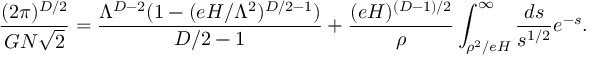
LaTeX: \frac { ( 2 \pi ) ^ { D / 2 } } { G N \sqrt { 2 } } = \frac { \Lambda ^ { D - 2 } ( 1 - ( e H / \Lambda ^ { 2 } ) ^ { D / 2 - 1 } ) } { D / 2 - 1 } + \frac { ( e H ) ^ { ( D - 1 ) / 2 } } { \rho } \int _ { \rho ^ { 2 } / e H } ^ { \infty } \frac { d s } { s ^ { 1 / 2 } } e ^ { - s } .